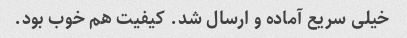
خیلی سریع آماده و ارسال شد. کیفیت هم خوب بود.